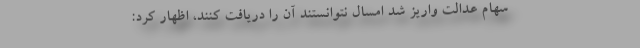
سهام عدالت واریز شد امسال نتوانستند آن را دریافت کنند، اظهار کرد: